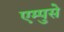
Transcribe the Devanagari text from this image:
एम्पुसे